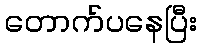
တောက်ပနေပြီး